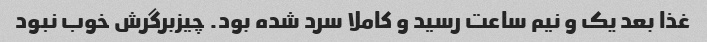
غذا بعد یک و نیم ساعت رسید و کاملا سرد شده بود. چیزبرگرش خوب نبود